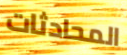
المحادثات